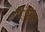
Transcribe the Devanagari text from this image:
एऔर